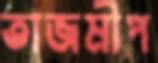
তাজমীপ